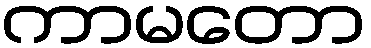
ကာမတော